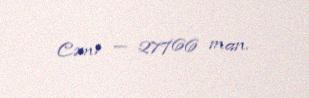
Cəmi — 27766 man.